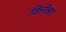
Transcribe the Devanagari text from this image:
किनेश्वर